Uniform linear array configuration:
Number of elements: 24
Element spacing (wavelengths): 1
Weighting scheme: hann
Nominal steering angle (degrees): -15
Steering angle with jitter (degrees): -14.081
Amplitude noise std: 0.05
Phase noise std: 0.05

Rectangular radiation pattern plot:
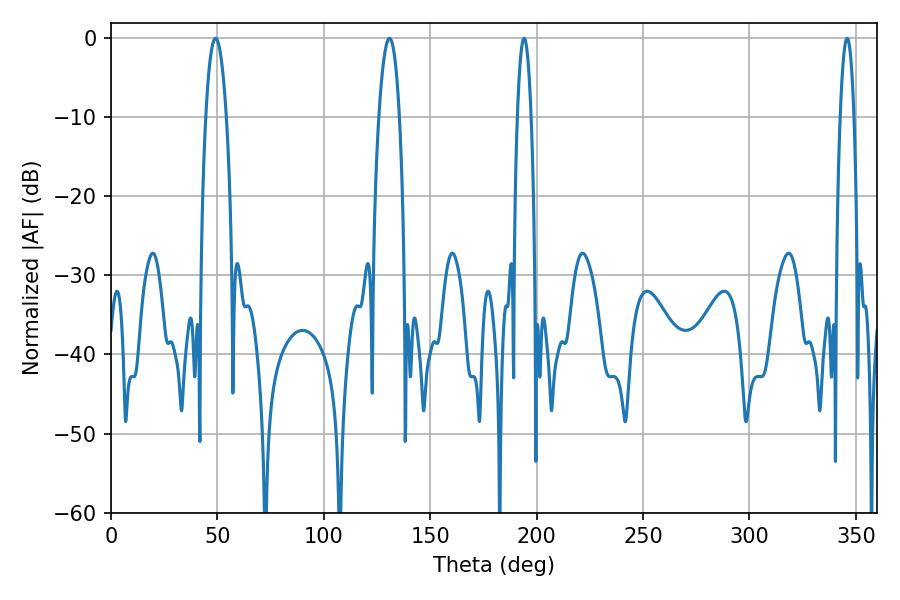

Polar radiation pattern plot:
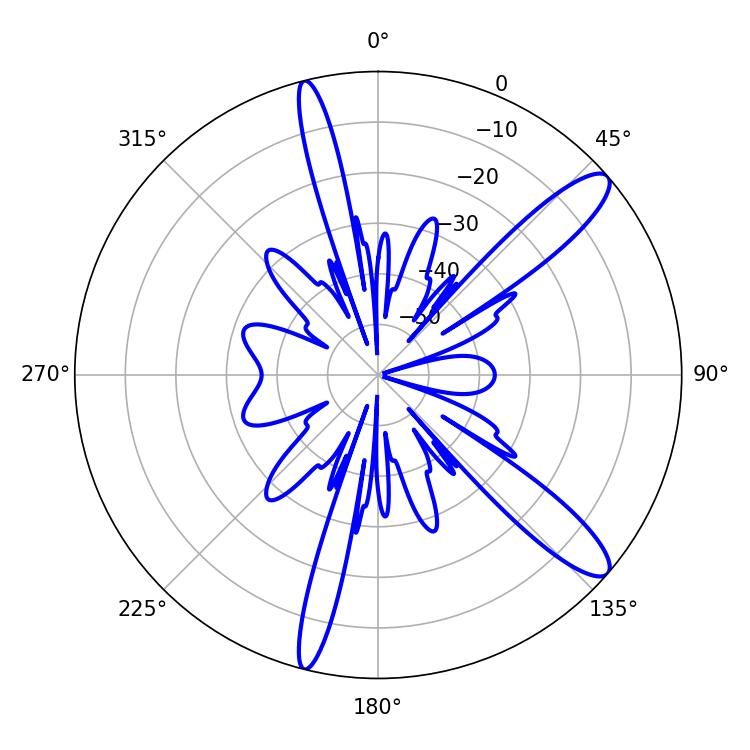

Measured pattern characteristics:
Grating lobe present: TRUE
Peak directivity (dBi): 12.255
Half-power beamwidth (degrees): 5.22
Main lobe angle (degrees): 49.14